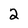
Character: 2